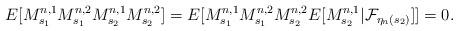
LaTeX: \begin{align*} E[M^{n,1}_{s_1} M^{n,2}_{s_1}M^{n,1}_{s_2} M^{n,2}_{s_2}]=E[M^{n,1}_{s_1} M^{n,2}_{s_1} M^{n,2}_{s_2} E[M^{n,1}_{s_2} | \mathcal{F}_{\eta_n(s_2)}]]=0. \end{align*}